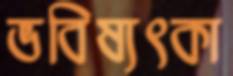
ভবিষ্যৎকা